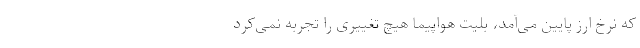
که نرخ ارز پایین می‌آمد، بلیت هواپیما هیچ تغییری را تجربه نمی‌کرد